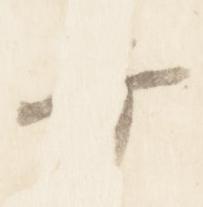
弁